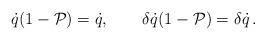
LaTeX: \begin{align*}\dot{q}(1-\mathcal{P})=\dot{q},\qquad \delta\dot{q}(1-\mathcal{P})=\delta \dot{q}\,. \end{align*}